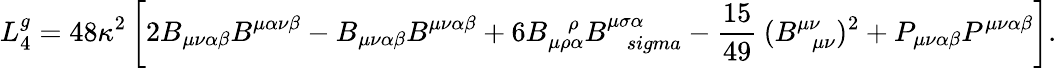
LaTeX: L_{4}^{g}=48\kappa^{2}\left[2B_{\mu\nu\alpha\beta}B^{\mu\alpha\nu\beta}-B_{\mu\nu\alpha\beta}B^{\mu\nu\alpha\beta}+6B_{\mu\rho\alpha}^{\ \ \ \ \rho}B_{\ \ \ \, sigma}^{\mu\sigma\alpha}-\frac{15}{49}\: (B_{\ \ ~\mu\nu}^{\mu\nu})^{2}+P_{\mu\nu\alpha\beta}P^{\mu\nu\alpha\beta}\right].